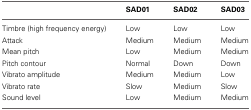
|  | SAD01 | SAD02 | SAD03 |
 | --- | --- | --- | --- |
 | Timbre (high frequency energy) | Low | Low | Low |
 | Attack | Medium | Medium | Medium |
 | Mean pitch | Low | Medium | Medium |
 | Pitch contour | Normal | Down | Down |
 | Vibrato amplitude | Medium | Medium | Low |
 | Vibrato rate | Slow | Medium | Slow |
 | Sound level | Low | Medium | Medium |